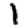
Digit: 1